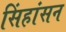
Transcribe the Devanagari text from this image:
सिंहांसन